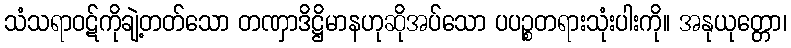
သံသရာဝဋ်ကိုချဲ့တတ်သော တဏှာဒိဋ္ဌိမာနဟုဆိုအပ်သော ပပဉ္စတရားသုံးပါးကို။ အနုယုတ္တော၊